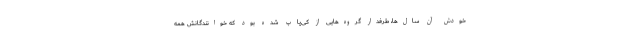
خودش آن سال‌ها، طرفدار گروه‌هایی از کی‌پاپ شده بود که خوانندگانش همه